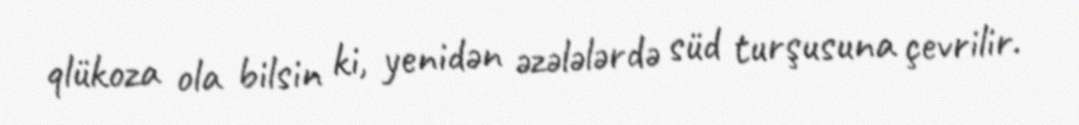
qlükoza ola bilsin ki, yenidən əzələlərdə süd turşusuna çevrilir.